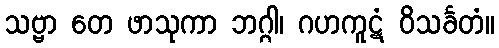
သဗ္ဗာ တေ ဖာသုကာ ဘဂ္ဂါ၊ ဂဟကူဋံ ဝိသင်္ခတံ။